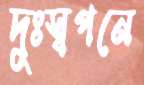
দুঃস্বপনে